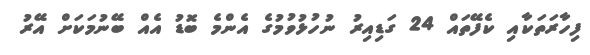
ފިހާރަތަކާއި ކެފޭތައް 24 ގަޑިއިރު ނުހުޅުވުމުގެ އެންމެ ބޮޑު އެއް ބޭނުމަކަށް އޭރު